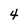
Character: 4